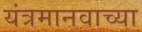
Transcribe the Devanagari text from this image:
यंत्रमानवाच्या